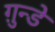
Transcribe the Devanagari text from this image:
ग़ुन्डे